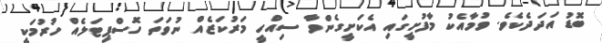
ބޮޑު އަދަދެކެވެ. ވުމާއެކު މާފުށީގައި އެކަށީގެންވާ ސިއްހީ މަރުކަޒެއް ނުވަތަ ހޮސްޕިޓަލެއް ހުރުމަކީ